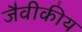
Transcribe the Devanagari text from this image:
जैवीकीय